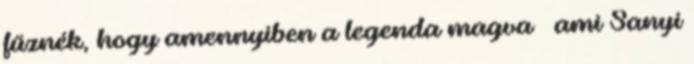
fűznék, hogy amennyiben a legenda magva – ami Sanyi